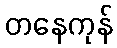
တနေကုန်